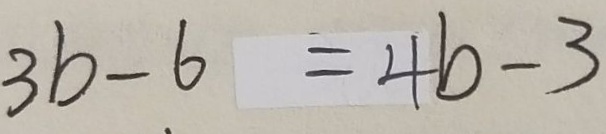
3 b - 6 = 4 b - 3